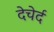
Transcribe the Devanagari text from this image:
देचेर्द